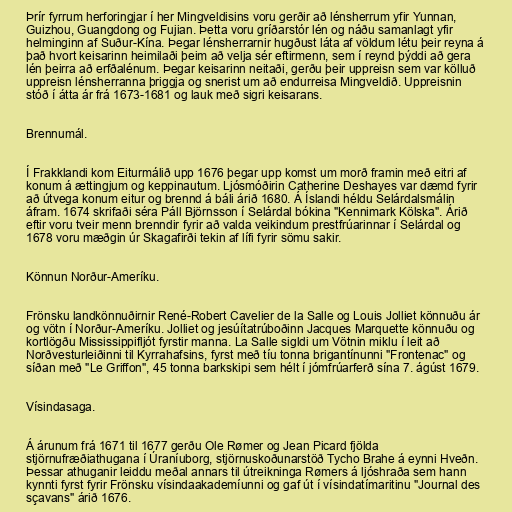
Þrír fyrrum herforingjar í her Mingveldisins voru gerðir að lénsherrum yfir Yunnan,
Guizhou, Guangdong og Fujian. Þetta voru gríðarstór lén og náðu samanlagt yfir
helminginn af Suður-Kína. Þegar lénsherrarnir hugðust láta af völdum létu þeir reyna á
það hvort keisarinn heimilaði þeim að velja sér eftirmenn, sem í reynd þýddi að gera
lén þeirra að erfðalénum. Þegar keisarinn neitaði, gerðu þeir uppreisn sem var kölluð
uppreisn lénsherranna þriggja og snerist um að endurreisa Mingveldið. Uppreisnin
stóð í átta ár frá 1673-1681 og lauk með sigri keisarans.

Brennumál.

Í Frakklandi kom Eiturmálið upp 1676 þegar upp komst um morð framin með eitri af
konum á ættingjum og keppinautum. Ljósmóðirin Catherine Deshayes var dæmd fyrir
að útvega konum eitur og brennd á báli árið 1680. Á Íslandi héldu Selárdalsmálin
áfram. 1674 skrifaði séra Páll Björnsson í Selárdal bókina "Kennimark Kölska". Árið
eftir voru tveir menn brenndir fyrir að valda veikindum prestfrúarinnar í Selárdal og
1678 voru mæðgin úr Skagafirði tekin af lífi fyrir sömu sakir.

Könnun Norður-Ameríku.

Frönsku landkönnuðirnir René-Robert Cavelier de la Salle og Louis Jolliet könnuðu ár
og vötn í Norður-Ameríku. Jolliet og jesúítatrúboðinn Jacques Marquette könnuðu og
kortlögðu Mississippifljót fyrstir manna. La Salle sigldi um Vötnin miklu í leit að
Norðvesturleiðinni til Kyrrahafsins, fyrst með tíu tonna brigantínunni "Frontenac" og
síðan með "Le Griffon", 45 tonna barkskipi sem hélt í jómfrúarferð sína 7. ágúst 1679.

Vísindasaga.

Á árunum frá 1671 til 1677 gerðu Ole Rømer og Jean Picard fjölda
stjörnufræðiathugana í Úraníuborg, stjörnuskoðunarstöð Tycho Brahe á eynni Hveðn.
Þessar athuganir leiddu meðal annars til útreikninga Rømers á ljóshraða sem hann
kynnti fyrst fyrir Frönsku vísindaakademíunni og gaf út í vísindatímaritinu "Journal des
sçavans" árið 1676.